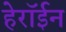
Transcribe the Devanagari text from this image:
हेरॉईन